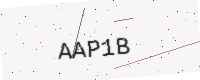
Text: AAP1B